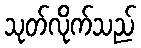
သုတ်လိုက်သည်